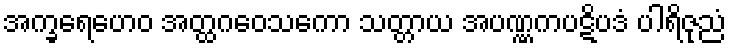
အက္ခရေဟေဝ အတ္ထဂဝေသကော သတ္တာယ အပဏ္ဏကပဋိပဒံ ပါရိဇုညံ